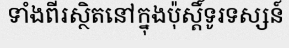
ទាំងពីរស្ថិតនៅក្នុងប៉ុស្តិ៍ទូរទស្សន៍